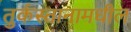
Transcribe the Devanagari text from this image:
तुर्कस्तानामधील